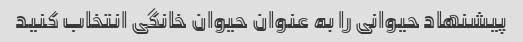
پیشنهاد حیوانی را به عنوان حیوان خانگی انتخاب کنید